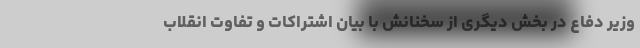
وزیر دفاع در بخش دیگری از سخنانش با بیان اشتراکات و تفاوت انقلاب